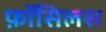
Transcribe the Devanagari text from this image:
फ़ॉसिलस